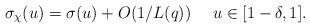
LaTeX: \begin{align*} \sigma_\chi(u) = \sigma(u) +O(1/L(q)) \ \ \ \ u\in [1-\delta,1].\end{align*}